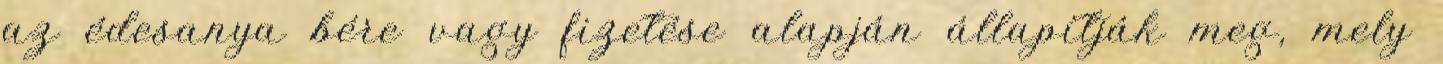
az édesanya bére vagy fizetése alapján állapítják meg, mely